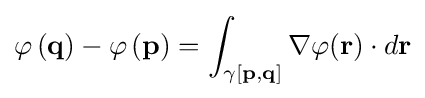
\varphi \left(\mathbf {q} \right)-\varphi \left(\mathbf {p} \right)=\int _{\gamma [\mathbf {p} ,\mathbf {q} ]}\nabla \varphi (\mathbf {r} )\cdot d\mathbf {r}